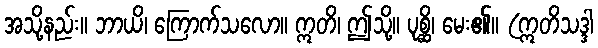
အသို့နည်း။ ဘာယိ၊ ကြောက်သလော။ ဣတိ၊ ဤသို့။ ပုစ္ဆိ၊ မေး၏။ (ဣတိသဒ္ဒါ